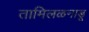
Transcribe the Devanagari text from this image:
तामिलळनाडू